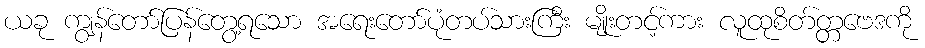
ယခု ကျွန်တော်ပြန်တွေ့ရသော အရေးတော်ပုံတပ်သားကြီး မျိုးတင့်ကား လူထုစိတ်တ္တဗေဒကို